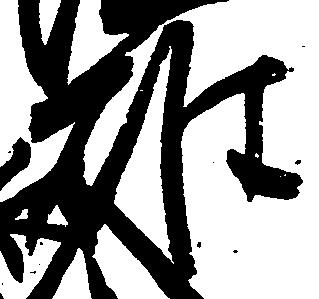
雄